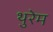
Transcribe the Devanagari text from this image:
थुरेम